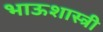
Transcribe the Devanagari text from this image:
भाऊशास्त्री